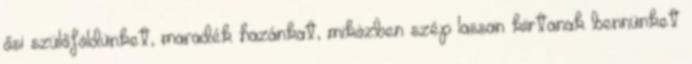
ősi szülőföldünket, maradék hazánkat, miközben szép lassan kiirtanak bennünket